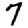
Digit: 7